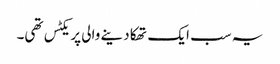
یہ سب ایک تھکا دینے والی پریکٹس تھی۔